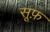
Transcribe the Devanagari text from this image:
सूफ़